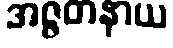
အဇ္ဇတနာယ